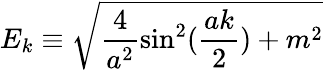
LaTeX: E_{k}\equiv\sqrt{\frac{4}{a^{2}}\sin^{2}(\frac{ak}{2})+m^{2}}